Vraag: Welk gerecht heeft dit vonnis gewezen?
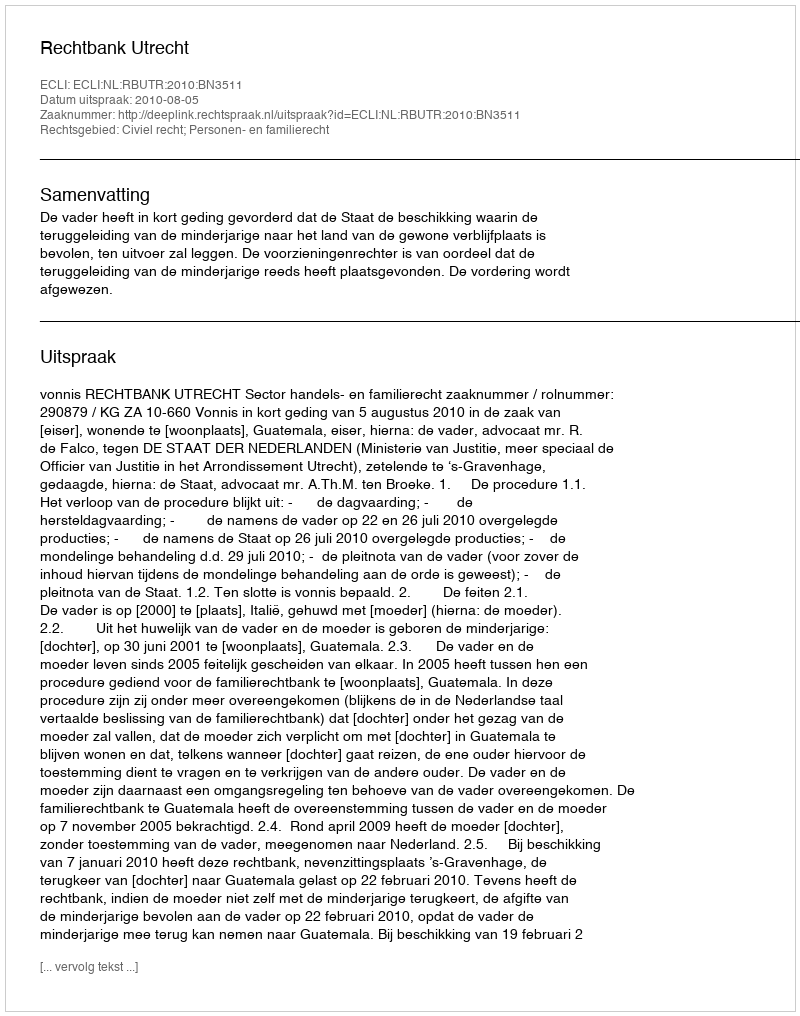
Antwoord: Rechtbank Utrecht